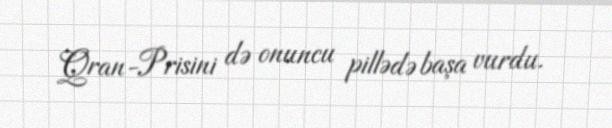
Qran-Prisini də onuncu pillədə başa vurdu.